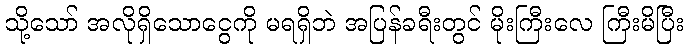
သို့သော် အလိုရှိသောငွေကို မရရှိဘဲ အပြန်ခရီးတွင် မိုးကြီးလေ ကြီးမိပြီး